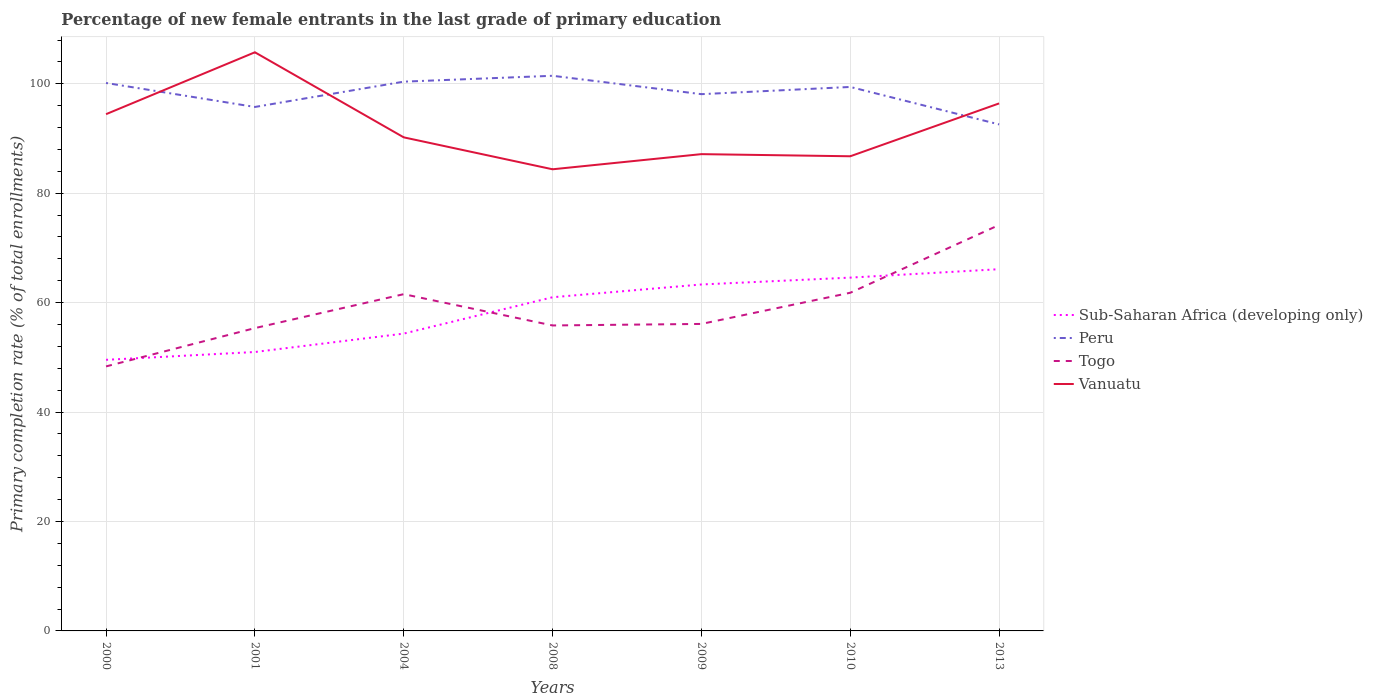
| Years | Sub-Saharan Africa (developing only) | Peru | Togo | Vanuatu |
 | --- | --- | --- | --- | --- |
 | 2000 | 49.5 | 100 | 48.3 | 94.4 |
 | 2001 | 51 | 95.8 | 55.3 | 106 |
 | 2004 | 54.3 | 100 | 61.5 | 90.2 |
 | 2008 | 61 | 101 | 55.8 | 84.4 |
 | 2009 | 63.3 | 98.1 | 56.1 | 87.1 |
 | 2010 | 64.6 | 99.4 | 61.8 | 86.8 |
 | 2013 | 66.1 | 92.6 | 74.2 | 96.4 |